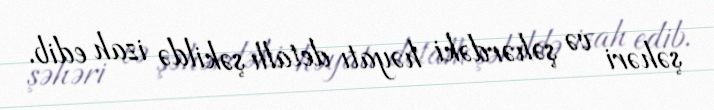
şəhəri və şəhərdəki həyatı detallı şəkildə izah edib.